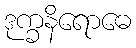
ဒုက္ခနိရောဓေ